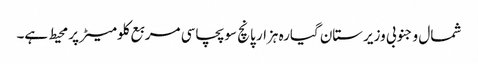
شمال و جنوبی وزیرستان گیارہ ہزار پانچ سو پچاسی مربع کلومیٹر پر محیط ہے۔